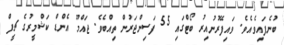
ބުނެފައިވެއެވެ. ވައިފޭރުނުއިރު ބޯޓްގައި 55 ފަސިންޖަރުން ތިއްބެވެ. ޖައްމޫ އެންޑް ކަޝްމީރުގެ ޗީފް